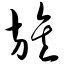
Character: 旌